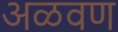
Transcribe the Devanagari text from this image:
अळवण